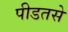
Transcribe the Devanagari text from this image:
पीडतसे